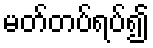
မတ်တပ်ရပ်၍